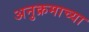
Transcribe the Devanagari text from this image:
अनुक्रमाच्या